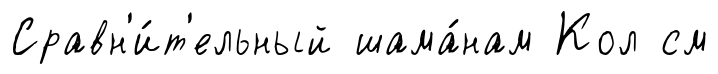
Сравн'и́т'ельный шама́нам Кол см